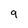
Character: 9